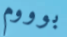
بوووم